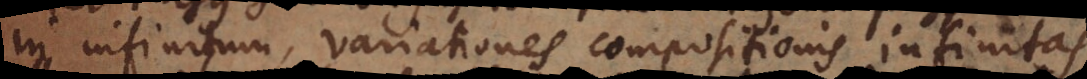
in infinitum, variationes compositionis infinitas